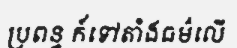
ប្រពន្ធ ក៍ទៅតាំងធម៌លើ